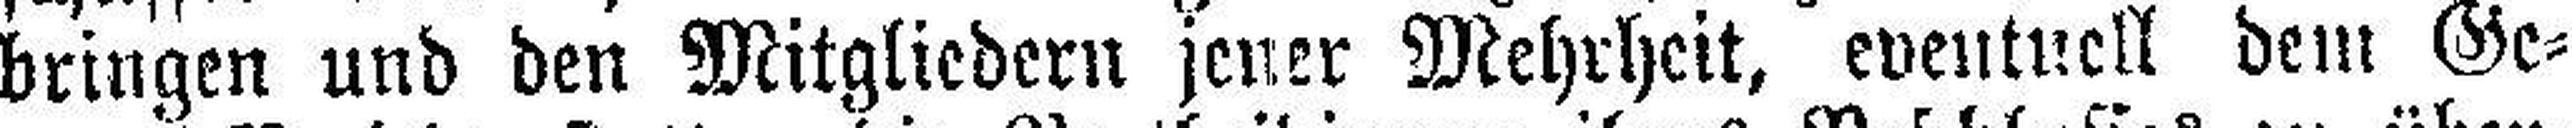
bringen und den Mitgliedern jener Mehrheit, eventuell dem Ge¬